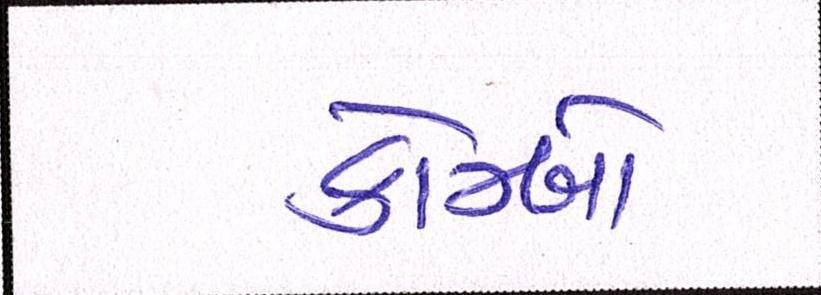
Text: કોમ્બો